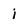
Character: i